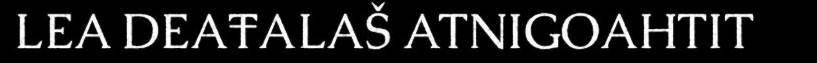
LEA DEAŦALAŠ ATNIGOAHTIT